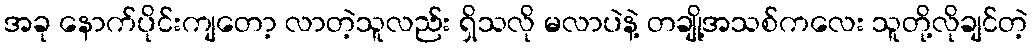
အခု နောက်ပိုင်းကျတော့ လာတဲ့သူလည်း ရှိသလို မလာပဲနဲ့ တချို့အသစ်ကလေး သူတို့လိုချင်တဲ့